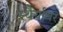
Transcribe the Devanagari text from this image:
स्थैर्यावर